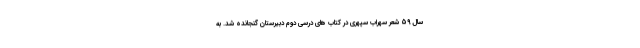
سال 59 شعر سهراب سپهری در کتاب های درسی دوم دبیرستان گنجانده شد. به